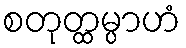
စတုတ္ထမ္ပာဟံ